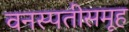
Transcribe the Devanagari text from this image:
वनस्पतीसमूह